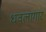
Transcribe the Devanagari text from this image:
धवलागार